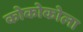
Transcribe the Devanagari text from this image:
कोकोकोला